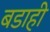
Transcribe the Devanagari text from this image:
बडाही